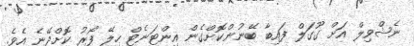
ނެޝްވިލް އަށް ގޫގަލް ފައިބާ ބޭނުންކޮށްގެން އިންޓަނެޓް ހިލޭ ފޯރު ކޮށްދޭނެ އެވެ.